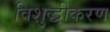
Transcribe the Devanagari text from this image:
विशुद्धीकरण